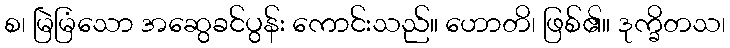
စ၊ မြဲမြံသော အဆွေခင်ပွန်း ကောင်းသည်။ ဟောတိ၊ ဖြစ်၏။ ဒုက္ခိတသ၊